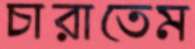
চারাতেম